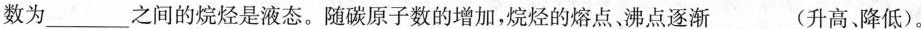
数为___之间的烷烃是液态。随碳原子数的增加，烷烃的熔点、沸点逐渐___(升高、降低)。